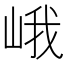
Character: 峨